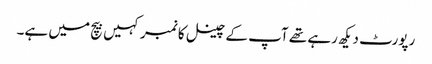
رپورٹ دیکھ رہے تھے آپ کے چینل کا نمبر کہیں بیچ میں ہے۔